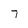
Character: 7